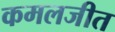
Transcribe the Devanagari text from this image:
कमलजीत